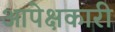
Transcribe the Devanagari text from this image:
आपेक्षकारी